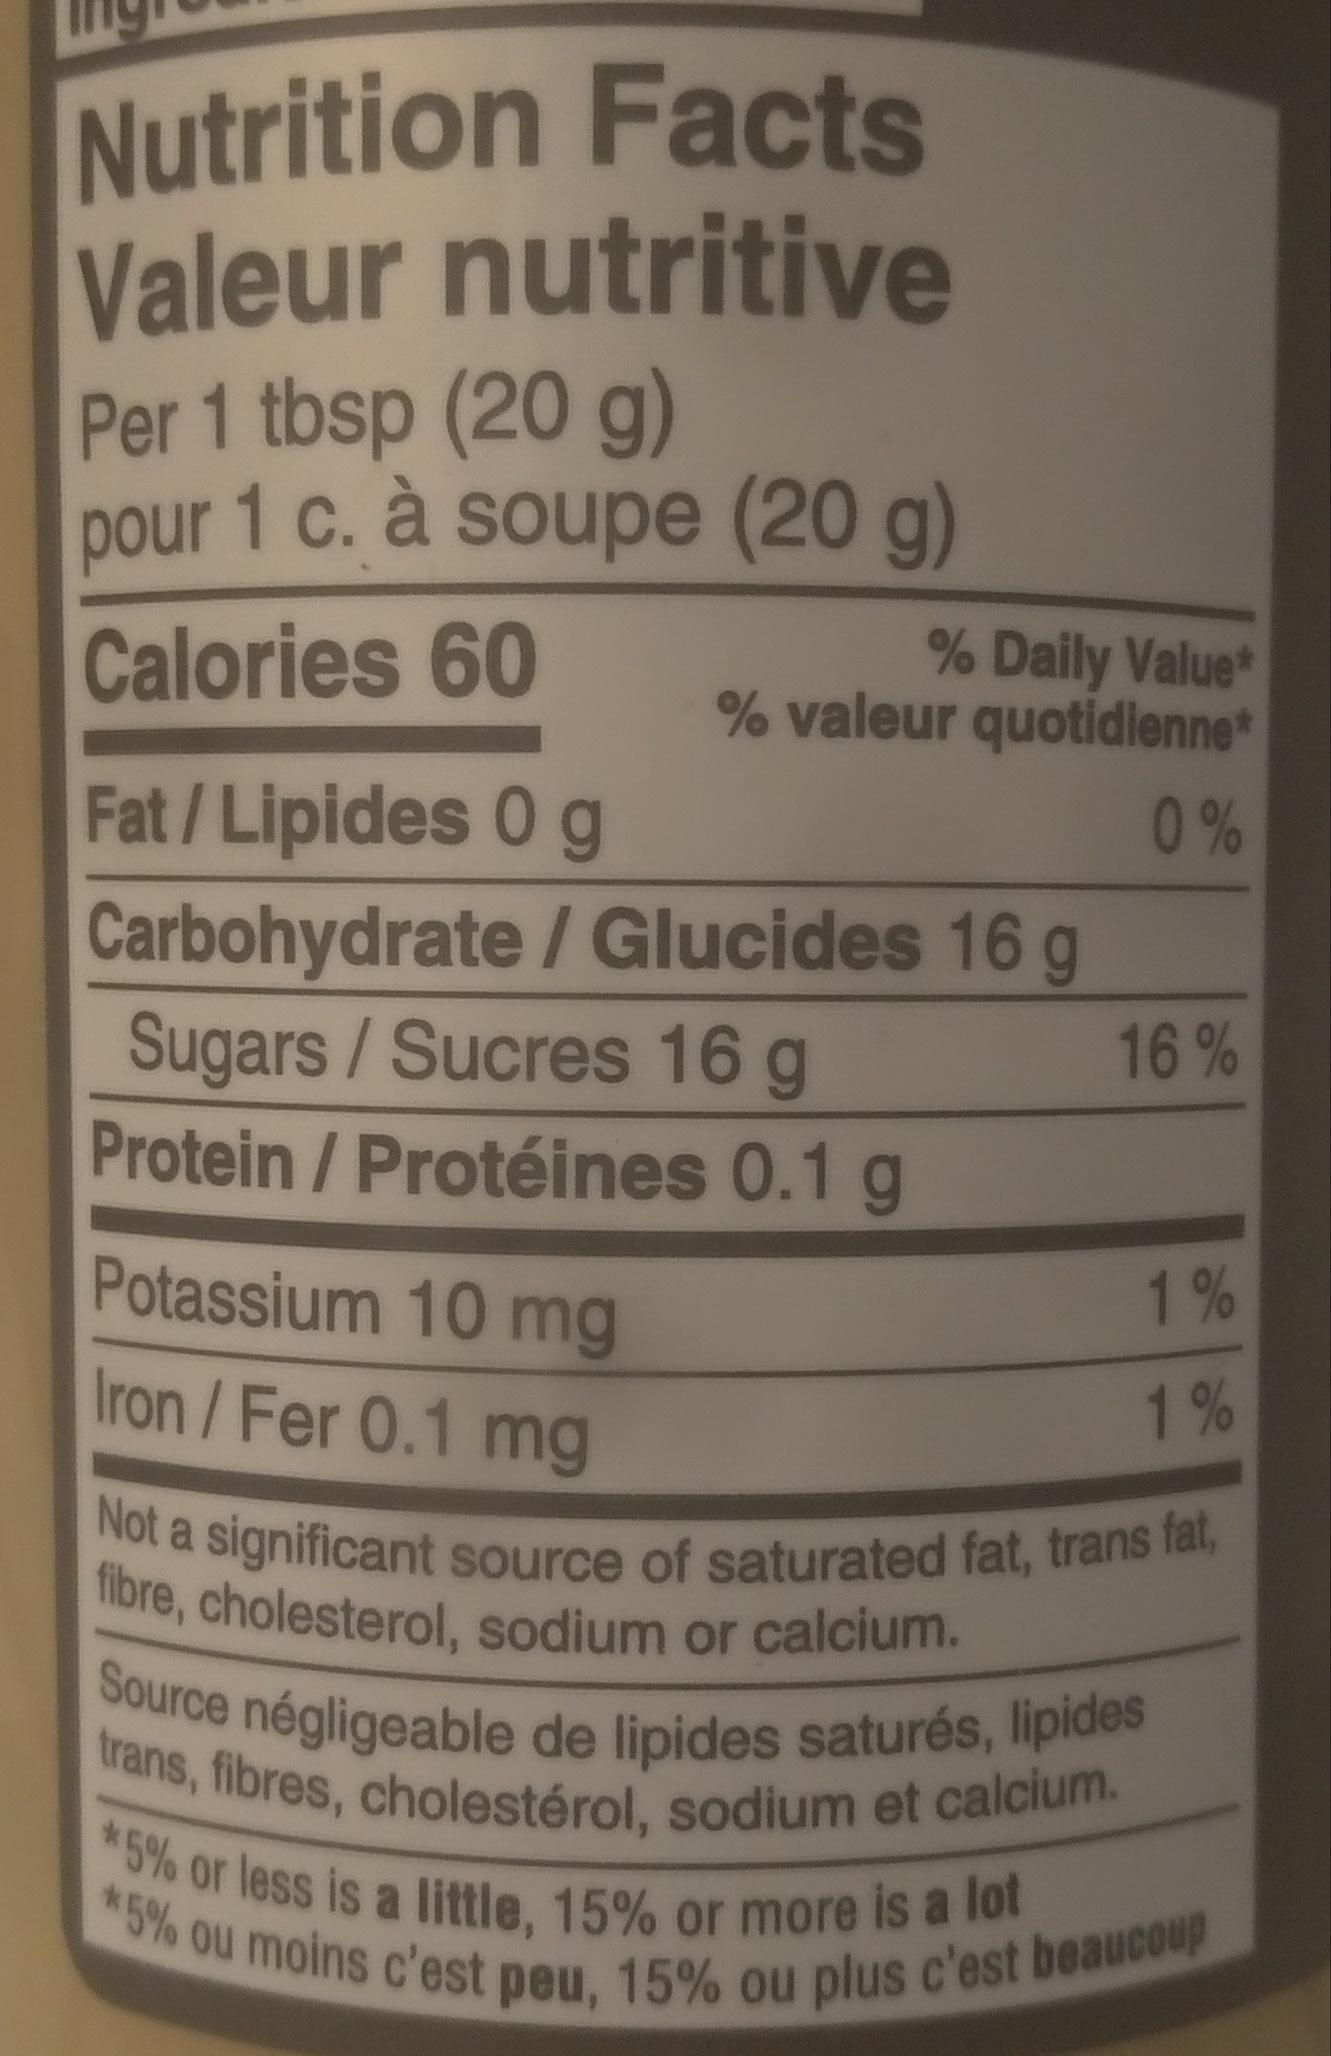
Nutrition Facts Valeur nutritive
Per 1 tbsp (20 g) pour 1 c. à soupe (20 g)
Calories 60
% Daily Value* % valeur quotidienne*
0%
Fat/Lipides 0 g
Carbohydrate / Glucides 16 g
Sugars / Sucres 16 g
Protein / Protéines 0.1 g
Potassium 10 mg
Iron/Fer 0.1 mg
16%
1%
1%
Not a significant source of saturated fat, trans fat, fibre, cholesterol, sodium or calcium.
Source négligeable de lipides saturés, lipides trans, fibres, cholestérol, sodium et calcium. *5% or less is a little, 15% or more is a lot *5% ou moins c'est peu, 15% ou plus c'est beaucoup